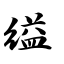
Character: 缢